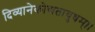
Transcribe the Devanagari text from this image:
दिव्यानेकोद्यतायुधम्‌।।